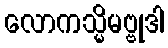
လောကသ္မိမဗ္ဗုဒါ